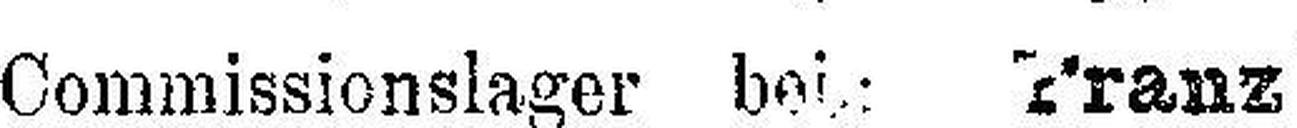
Commissionslager bei.: Franz